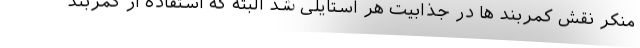
منکر نقش کمربند ها در جذابیت هر استایلی شد البته که استفاده از کمربند